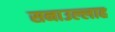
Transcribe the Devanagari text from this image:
सनाउल्‍लाह